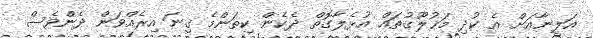
އަލީނާއަށް އެ ކުދި މަޚުލޫގުތައް އުޅެލާގޮތް ދެކެން ކިތަންމެ ގިނަ އިރެއްވަން ދެންވެސް